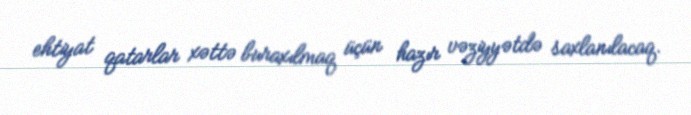
ehtiyat qatarlar xəttə buraxılmaq üçün hazır vəziyyətdə saxlanılacaq.